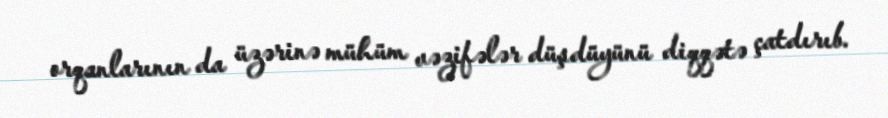
orqanlarının da üzərinə mühüm vəzifələr düşdüyünü diqqətə çatdırıb.